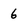
Character: 6